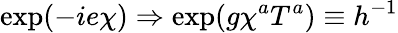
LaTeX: \exp(-ie\chi)\Rightarrow\exp(g\chi^{a}T^{a})\equiv h^{-1}